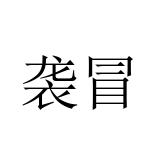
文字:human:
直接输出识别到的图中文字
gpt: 袭冒